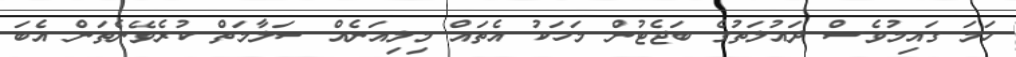
ހަމަ ގައިމުވެސް ދައުލަތުގެ ބަޖެޓުން މަހަކު އެތައް މިލިއަނެއް ސަލާމަތް ކުރެވޭނެތަން އެބަ